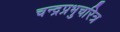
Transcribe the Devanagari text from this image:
चन्द्रप्रभुचरित्र